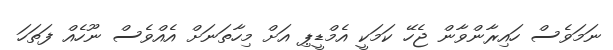
ނަމަވެސް ހައިރާންވާން ޖެހޭ ކަމަކީ އެމްޑީޕި އަށް މިހާތަނަށް އެއްވެސް ނޫހެއް ފަތަހަ